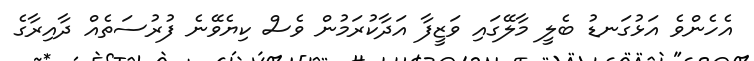
އެހެންވެ އަޅުގަނޑު ބެލީ މާލޭގައި ވަޒީފާ އަދާކުރަމުން ވެސް ކިޔެވޭނެ ފުރުސަތެއް ދާއިރާގެ